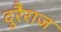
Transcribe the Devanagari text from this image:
दुरैराज